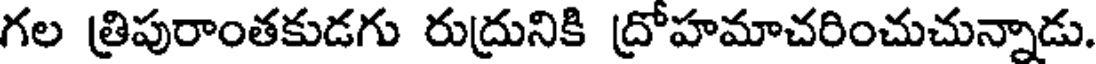
గల త్రిపురాంతకుడగు రుద్రునికి ద్రోహమాచరించుచున్నాడు.